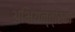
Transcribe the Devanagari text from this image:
अभियन्त्रिकी